Report on vaccination in Madras 1904-1921 - 1904-1921
Year: 1904
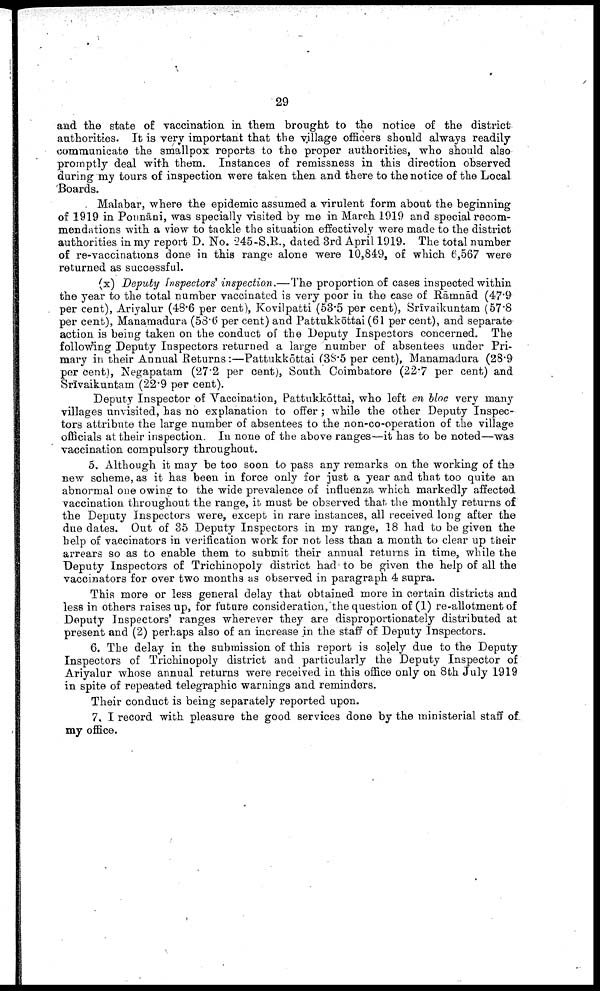
29
and the state of vaccination in them brought to the notice of the district
authorities. It is very important that the village officers should always readily
communicate the smallpox reports to the proper authorities, who should also
promptly deal with them. Instances of remissness in this direction observed
during my tours of inspection were taken then and there to the notice of the Local
Boards.
Malabar, where the epidemic assumed a virulent form about the beginning
of 1919 in Pounāni, was specially visited by me in March 1919 and special recom
mendations with a view to tackle the situation effectively were made to the district
authorities in my report D. No. 245-S.R., dated 3rd April 1919. The total number
of re-vaccinations done in this range alone were 10,849, of which 6,567 were
returned as successful.
(x) Deputy Inspectors' inspection.—The proportion of cases inspected within
the year to the total number vaccinated is very poor in the case of Rāmnād (47.9
per cent), Ariyalur (48.6 per cent), Kovilpatti (53.5 per cent), Srīvaikuntam (57.8
per cent), Manamadura (58.6 per cent) and Pattukkōttai (61 per cent), and separate
action is being taken on the conduct of the Deputy Inspectors concerned. The
following Deputy Inspectors returned a large number of absentees under Pri
mary in their Annual Returns:—Pattukkōttai (38.5 per cent), Manamadura (28.9
per cent), Negapatam (27.2 per cent), South Coimbatore (22.7 per cent) and
Srīvaikuntam (22.9 per cent).
Deputy Inspector of Vaccination, Pattukkōttai, who left en bloc very many
villages unvisited, has no explanation to offer; while the other Deputy Inspec
tors attribute the large number of absentees to the non-co-operation of the village
officials at their inspection. In none of the above ranges—it has to be noted—was
vaccination compulsory throughout.
5. Although it may be too soon to pass any remarks on the working of the
new scheme, as it has been in force only for just a year and that too quite an
abnormal one owing to the wide prevalence of influenza which markedly affected
vaccination throughout the range, it must be observed that, the monthly returns of
the Deputy Inspectors were, except in rare instances, all received long after the
due dates. Out of 35 Deputy Inspectors in my range, 18 had to be given the
help of vaccinators in verification work for not less than a month to clear up their
arrears so as to enable them to submit their annual returns in time, while the
Deputy Inspectors of Trichinopoly district had to be given the help of all the
vaccinators for over two months as observed in paragraph 4 supra.
This more or less general delay that obtained more in certain districts and
less in others raises up, for future consideration, the question of (1) re-allotment of
Deputy Inspectors' ranges wherever they are disproportionately distributed at
present and (2) perhaps also of an increase in the staff of Deputy Inspectors.
6. The delay in the submission of this report is solely due to the Deputy
Inspectors of Trichinopoly district and particularly the Deputy Inspector of
Ariyalur whose annual returns were received in this office only on 8th July 1919
in spite of repeated telegraphic warnings and reminders.
Their conduct is being separately reported upon.
7. I record with pleasure the good services done by the ministerial staff of
my office.